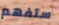
ستفهم